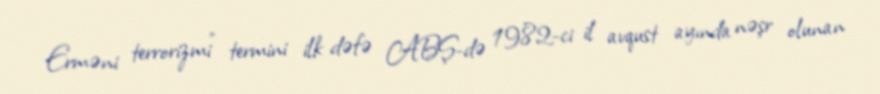
Erməni terrorizmi" termini ilk dəfə ABŞ-də 1982-ci il avqust ayında nəşr olunan